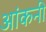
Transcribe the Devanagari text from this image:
आंकनी